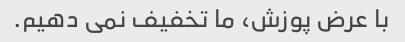
با عرض پوزش، ما تخفیف نمی دهیم.